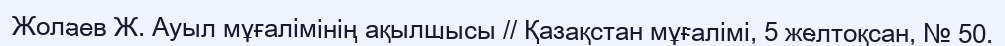
Жолаев Ж. Ауыл мұғалімінің ақылшысы // Қазақстан мұғалімі, 5 желтоқсан, № 50.